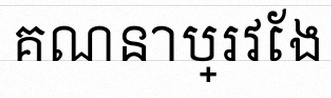
គណនាប្រវែង